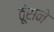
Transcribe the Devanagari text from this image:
ठूंसने